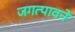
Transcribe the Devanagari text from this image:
जगत्पावने